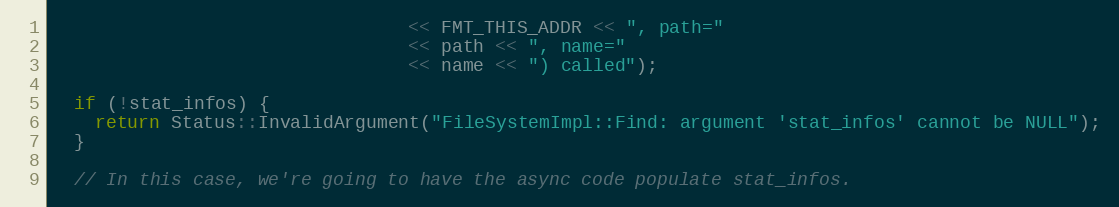
Language: C++
                                 << FMT_THIS_ADDR << ", path="
                                 << path << ", name="
                                 << name << ") called");

  if (!stat_infos) {
    return Status::InvalidArgument("FileSystemImpl::Find: argument 'stat_infos' cannot be NULL");
  }

  // In this case, we're going to have the async code populate stat_infos.